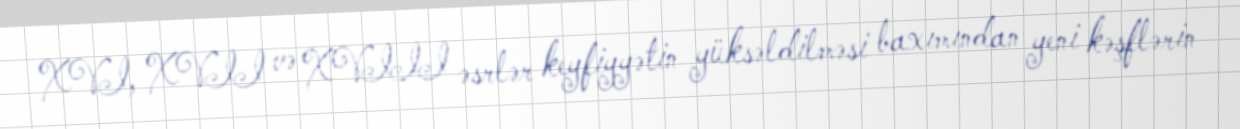
XVI, XVII və XVIII əsrlər keyfiyyətin yüksəldilməsi baxımından yeni kəşflərin